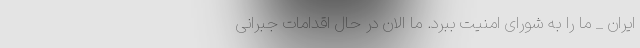
ایران _ ما را به شورای امنیت ببرد. ما الان در حال اقدامات جبرانی